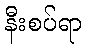
နီးစပ်ရာ